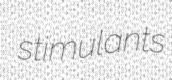
stimulants